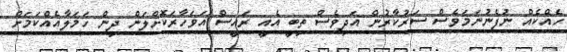
ހެއްކެއް ނުފެނުނަމަވެސް ސަރުކާރުން އަދިވެސް ތިބީ އެއީ ރައީސް އަވަހާރަކޮށްލަން ދިން ހަމަލާއެއްކަމަށް